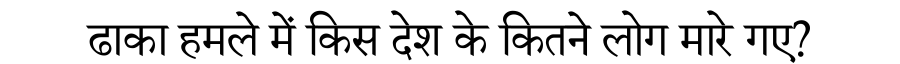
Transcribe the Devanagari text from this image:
ढाका हमले में किस देश के कितने लोग मारे गए?